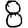
Digit: 8